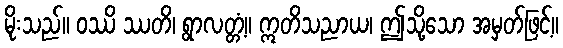
မိုးသည်။ ဝဿိ ဿတိ၊ ရွာလတ္တံ့။ ဣတိသညာယ၊ ဤသို့သော အမှတ်ဖြင့်။